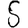
Digit: 5